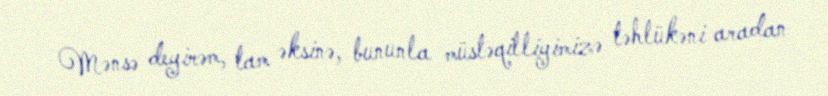
Mənsə deyirəm, tam əksinə, bununla müstəqilliyimizə təhlükəni aradan